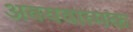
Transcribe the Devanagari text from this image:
अवयवात्मक